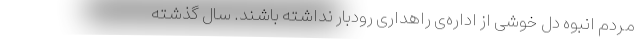
مردم انبوه دل خوشی از اداره‌ی راهداری رودبار نداشته باشند. سال گذشته